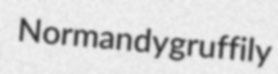
Normandy gruffily